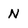
Character: N